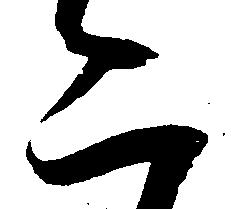
二